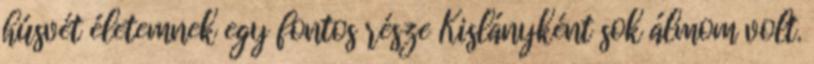
húsvét életemnek egy fontos része Kislányként sok álmom volt.